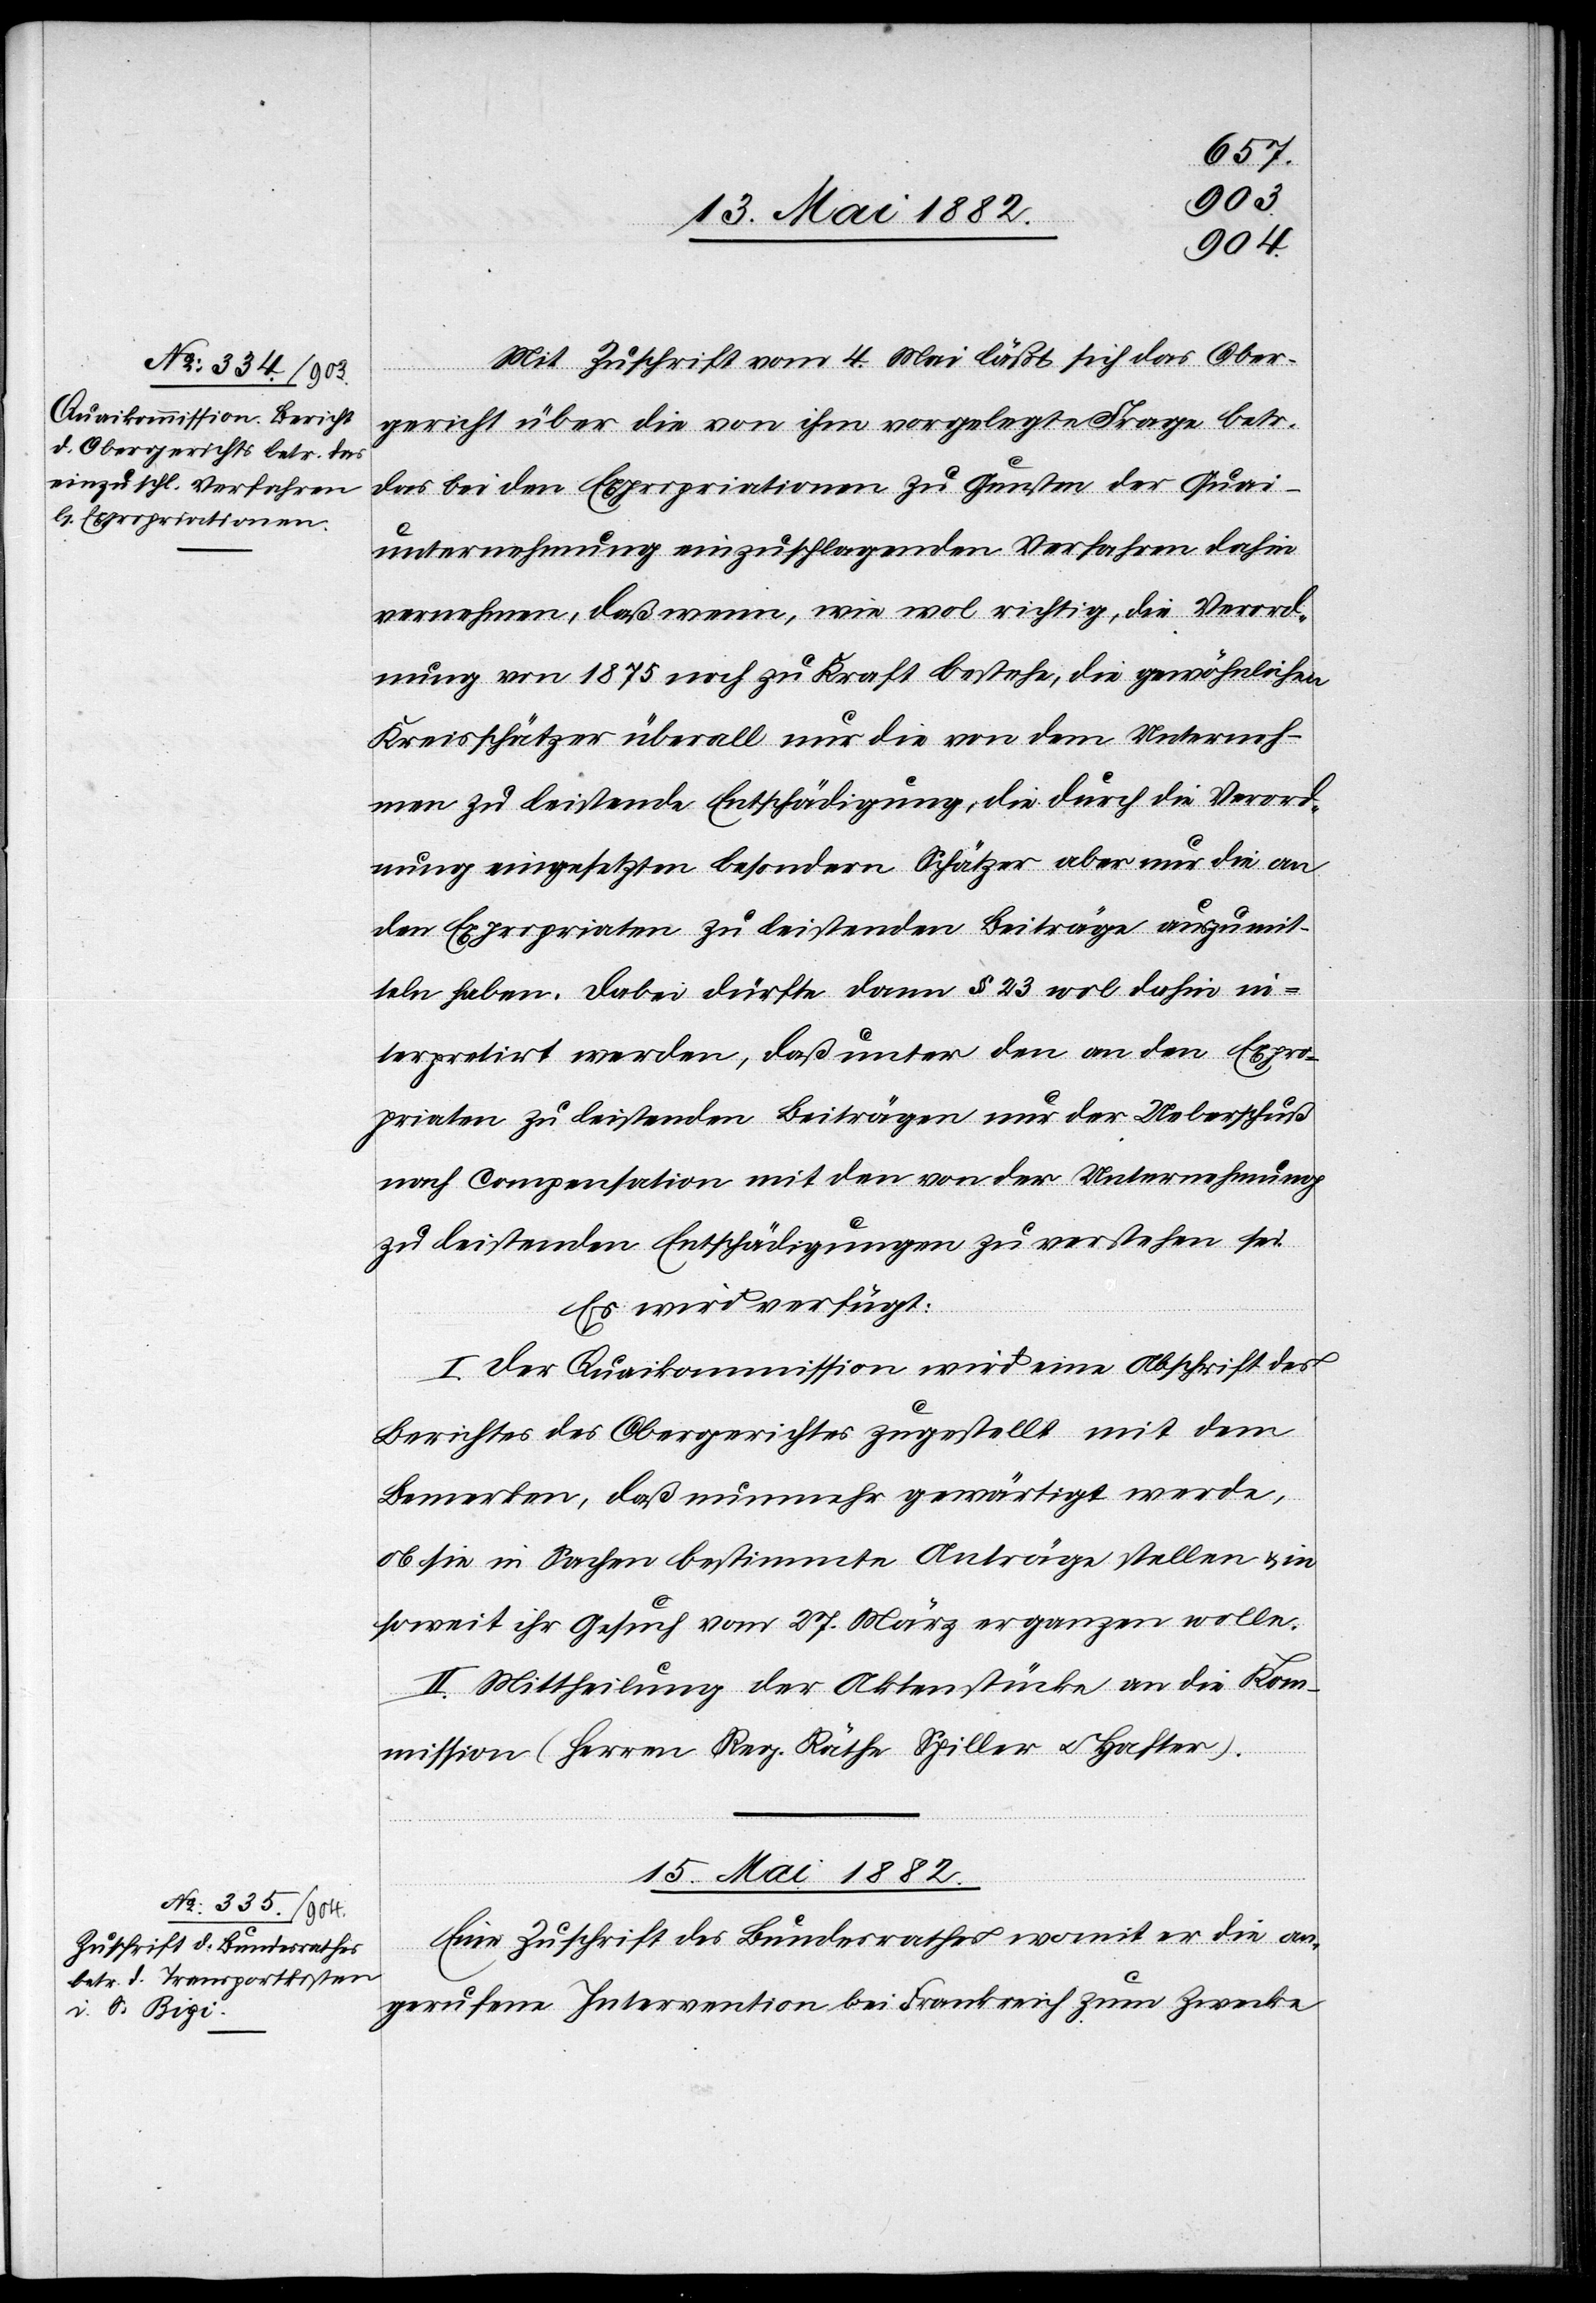
13. Mai 1882.]
Mit Zuschrift vom 4. Mai läßt sich das Ober¬
gericht über die von ihm vorgelegte Frage betr.
das bei den Expropriationen zu Gunsten der Quai¬
unternehmung einzuschlagende Verfahren dahin
vernehmen, daß wenn, wie wol richtig, die Verord¬
nung von 1875 noch zu [recte: in] Kraft bestehe, die gewöhnlichen
Kreisschätzer überall nur die von dem Unterneh¬
men zu leistende Entschädigung, die durch die Verord¬
nung eingesetzten besondern Schätzer aber nur die an
den Expropriaten zu leistenden Beiträge auszumit¬
teln haben. Dabei dürfte dann § 23 wol dahin in¬
terpretirt werden, daß unter den an den Expro¬
priaten zu leistenden Beiträgen nur der Ueberschuß
nach Compensation mit den von der Unternehmung
zu leistenden Entschädigungen zu verstehen sei.
Es wird verfügt:
I. Der Quaikommission wird eine Abschrift des
Berichtes des Obergerichts zugestellt mit dem
Bemerken, daß nunmehr gewärtigt werde,
ob sie in Sachen bestimmte Anträge stellen & in
soweit ihr Gesuch vom 27. März ergänzen wolle.
II. Mittheilung der Aktenstücke an die Kom¬
mission (Herren Reg. Räthe Spiller u. Hafter).
15. Mai 1882.
Eine Zuschrift des Bundesrathes womit er die an¬
gerufene Intervention bei Frankreich zum Zwecke